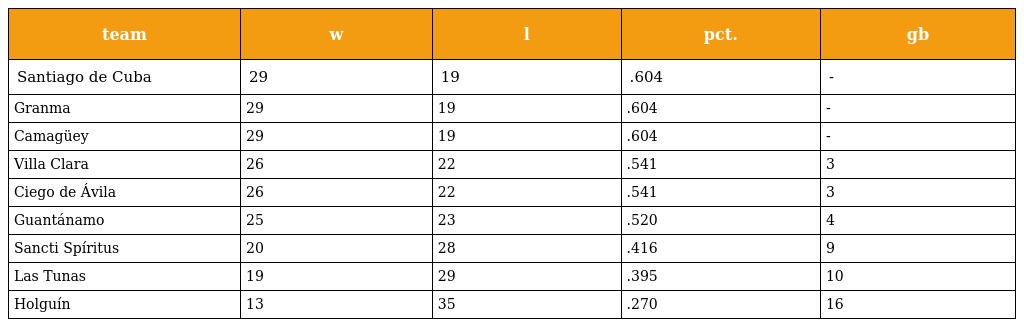
| team | w | l | pct. | gb |
 | --- | --- | --- | --- | --- |
 | Santiago de Cuba | 29 | 19 | .604 | - |
 | Granma | 29 | 19 | .604 | - |
 | Camagüey | 29 | 19 | .604 | - |
 | Villa Clara | 26 | 22 | .541 | 3 |
 | Ciego de Ávila | 26 | 22 | .541 | 3 |
 | Guantánamo | 25 | 23 | .520 | 4 |
 | Sancti Spíritus | 20 | 28 | .416 | 9 |
 | Las Tunas | 19 | 29 | .395 | 10 |
 | Holguín | 13 | 35 | .270 | 16 |